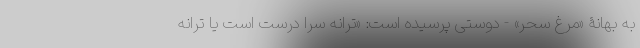
به بهانۀ «مرغ سحر» - دوستی پرسیده است: «ترانه‌ سُرا درست است یا ترانه